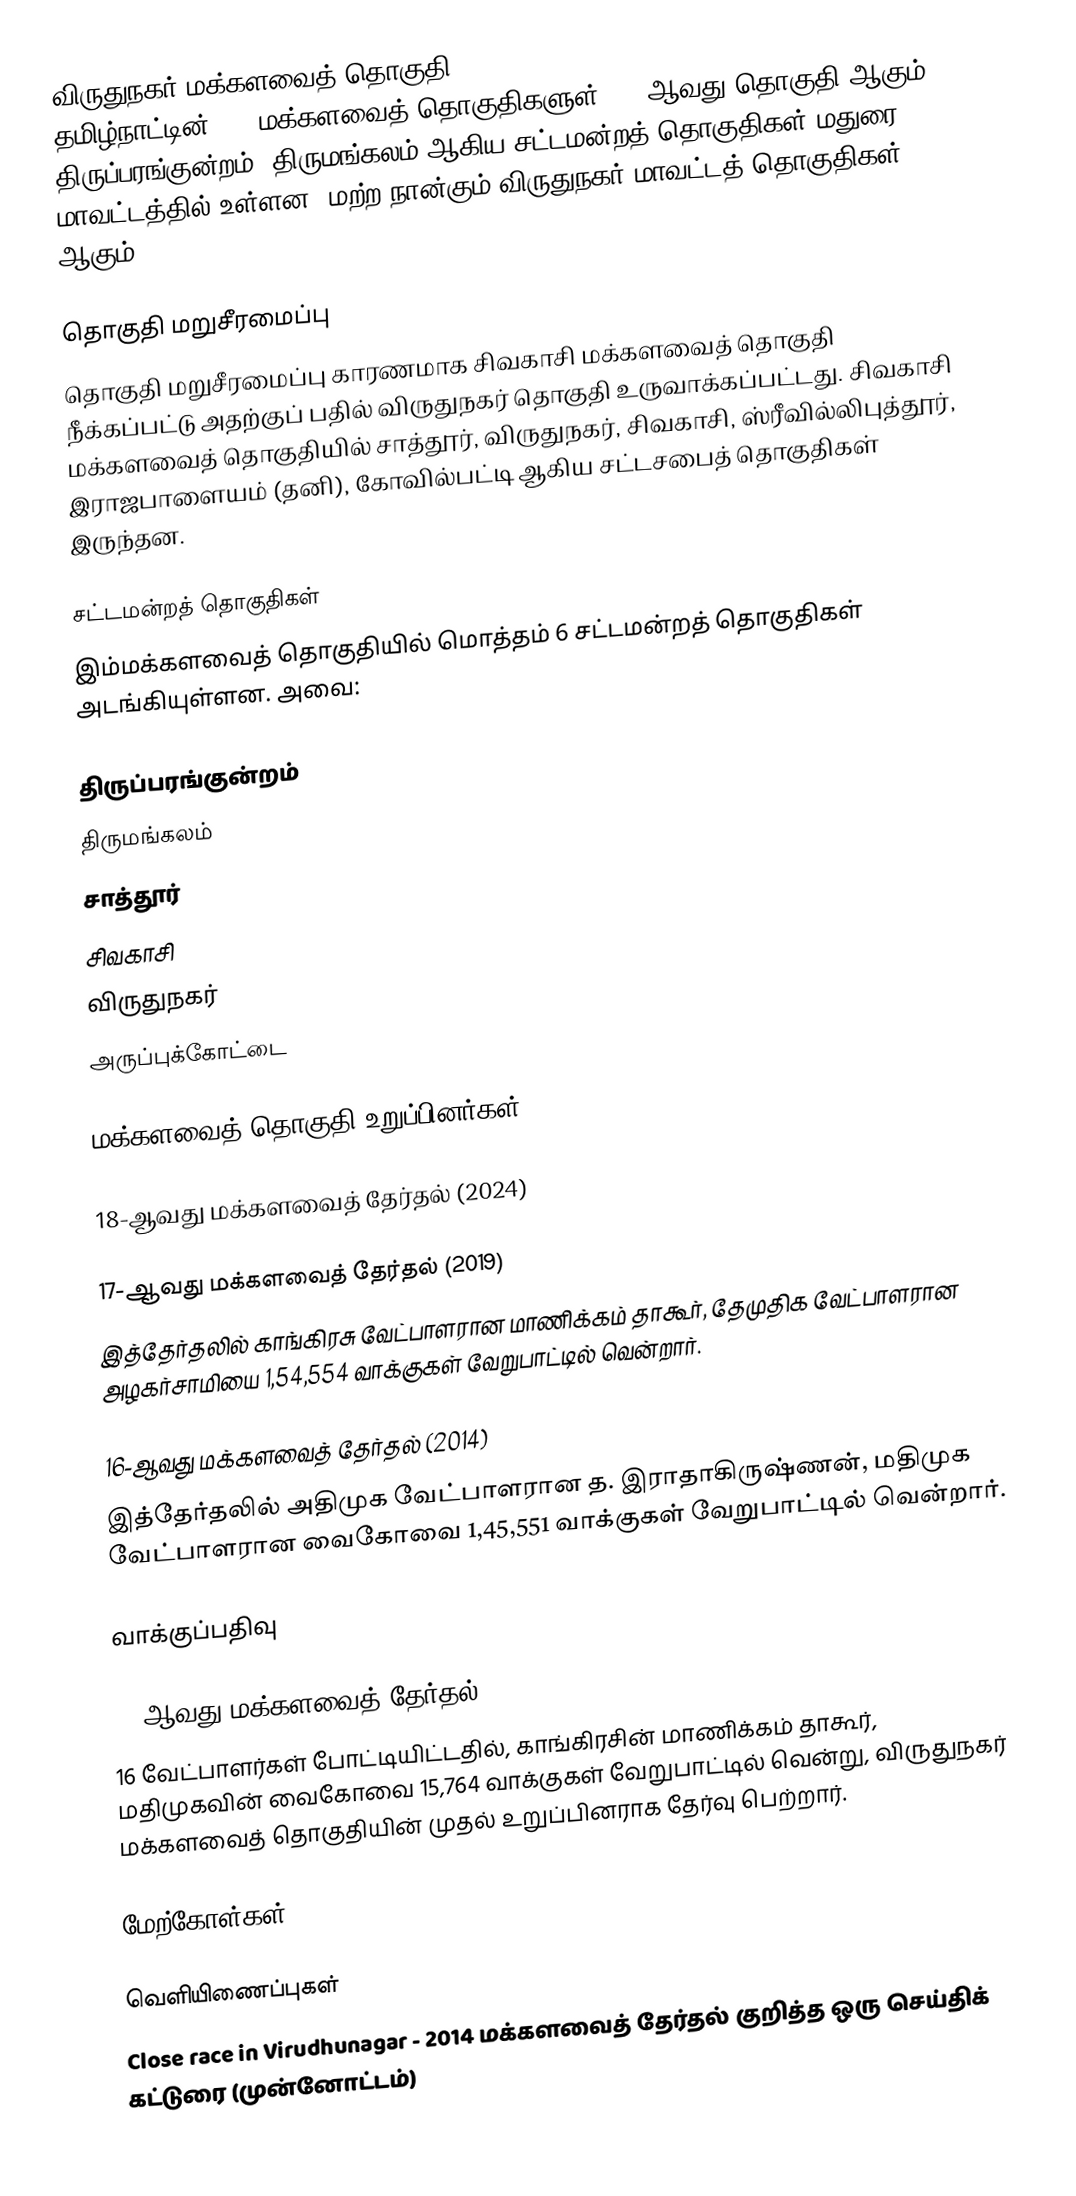
விருதுநகர் மக்களவைத் தொகுதி (Virudhunagar Lok Sabha constituency), தமிழ்நாட்டின், 39 மக்களவைத் தொகுதிகளுள், 34-ஆவது தொகுதி ஆகும். திருப்பரங்குன்றம், திருமங்கலம் ஆகிய சட்டமன்றத் தொகுதிகள் மதுரை மாவட்டத்தில் உள்ளன. மற்ற நான்கும் விருதுநகர் மாவட்டத் தொகுதிகள் ஆகும்.

தொகுதி மறுசீரமைப்பு
தொகுதி மறுசீரமைப்பு காரணமாக சிவகாசி மக்களவைத் தொகுதி நீக்கப்பட்டு அதற்குப் பதில் விருதுநகர் தொகுதி உருவாக்கப்பட்டது. சிவகாசி மக்களவைத் தொகுதியில் சாத்தூர், விருதுநகர், சிவகாசி, ஸ்ரீவில்லிபுத்தூர், இராஜபாளையம் (தனி), கோவில்பட்டி ஆகிய சட்டசபைத் தொகுதிகள் இருந்தன.

சட்டமன்றத் தொகுதிகள்
இம்மக்களவைத் தொகுதியில் மொத்தம் 6 சட்டமன்றத் தொகுதிகள் அடங்கியுள்ளன. அவை:

 திருப்பரங்குன்றம்
 திருமங்கலம்
 சாத்தூர்
 சிவகாசி
 விருதுநகர்
 அருப்புக்கோட்டை

மக்களவைத் தொகுதி உறுப்பினர்கள்

18-ஆவது மக்களவைத் தேர்தல் (2024)

17-ஆவது மக்களவைத் தேர்தல் (2019)
இத்தேர்தலில் காங்கிரசு வேட்பாளரான மாணிக்கம் தாகூர், தேமுதிக வேட்பாளரான அழகர்சாமியை 1,54,554 வாக்குகள் வேறுபாட்டில் வென்றார்.

16-ஆவது மக்களவைத் தேர்தல் (2014)
இத்தேர்தலில் அதிமுக வேட்பாளரான த. இராதாகிருஷ்ணன், மதிமுக வேட்பாளரான வைகோவை 1,45,551 வாக்குகள் வேறுபாட்டில் வென்றார்.

வாக்குப்பதிவு

15-ஆவது மக்களவைத் தேர்தல் (2009)
16 வேட்பாளர்கள் போட்டியிட்டதில், காங்கிரசின் மாணிக்கம் தாகூர், மதிமுகவின் வைகோவை 15,764 வாக்குகள் வேறுபாட்டில் வென்று, விருதுநகர் மக்களவைத் தொகுதியின் முதல் உறுப்பினராக தேர்வு பெற்றார்.

மேற்கோள்கள்

வெளியிணைப்புகள்
 Close race in Virudhunagar - 2014 மக்களவைத் தேர்தல் குறித்த ஒரு செய்திக் கட்டுரை (முன்னோட்டம்)